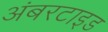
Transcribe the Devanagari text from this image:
अंबरटाइड